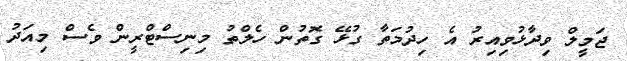
ޖަމީލް ވިދާޅުވިއިރު އެ ހިދުމަތާ ގުޅޭ ގޮތުން ހެލްތު މިނިސްޓްރީން ވެސް މިއަދު